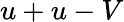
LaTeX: u+u-V